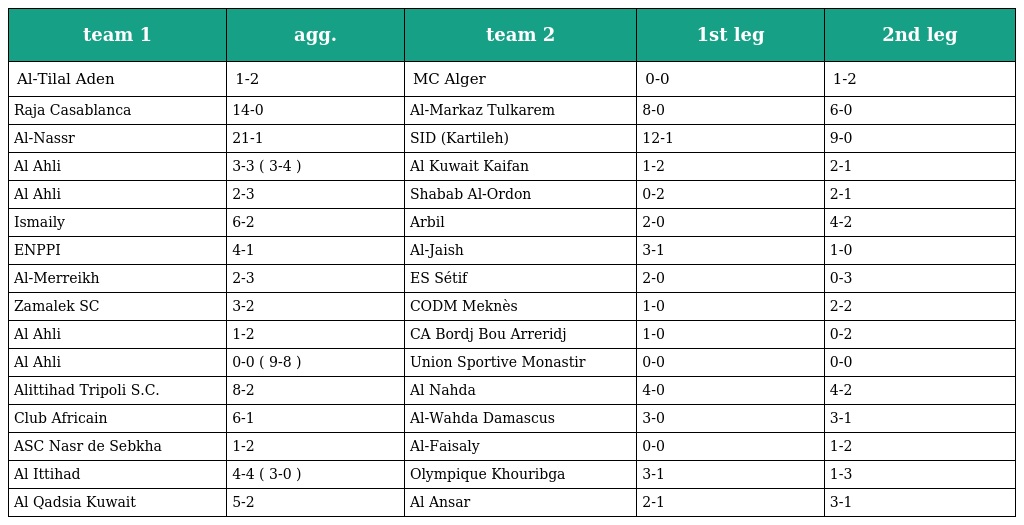
| team 1 | agg. | team 2 | 1st leg | 2nd leg |
 | --- | --- | --- | --- | --- |
 | Al-Tilal Aden | 1-2 | MC Alger | 0-0 | 1-2 |
 | Raja Casablanca | 14-0 | Al-Markaz Tulkarem | 8-0 | 6-0 |
 | Al-Nassr | 21-1 | SID (Kartileh) | 12-1 | 9-0 |
 | Al Ahli | 3-3 ( 3-4 ) | Al Kuwait Kaifan | 1-2 | 2-1 |
 | Al Ahli | 2-3 | Shabab Al-Ordon | 0-2 | 2-1 |
 | Ismaily | 6-2 | Arbil | 2-0 | 4-2 |
 | ENPPI | 4-1 | Al-Jaish | 3-1 | 1-0 |
 | Al-Merreikh | 2-3 | ES Sétif | 2-0 | 0-3 |
 | Zamalek SC | 3-2 | CODM Meknès | 1-0 | 2-2 |
 | Al Ahli | 1-2 | CA Bordj Bou Arreridj | 1-0 | 0-2 |
 | Al Ahli | 0-0 ( 9-8 ) | Union Sportive Monastir | 0-0 | 0-0 |
 | Alittihad Tripoli S.C. | 8-2 | Al Nahda | 4-0 | 4-2 |
 | Club Africain | 6-1 | Al-Wahda Damascus | 3-0 | 3-1 |
 | ASC Nasr de Sebkha | 1-2 | Al-Faisaly | 0-0 | 1-2 |
 | Al Ittihad | 4-4 ( 3-0 ) | Olympique Khouribga | 3-1 | 1-3 |
 | Al Qadsia Kuwait | 5-2 | Al Ansar | 2-1 | 3-1 |